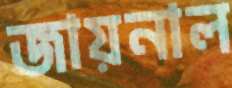
জায়নাল